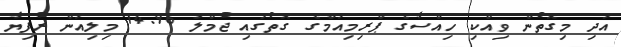
އަދި މިގޮތުން ވިއްކި ހިއްސާގެ ޕްރިމިއަމްގެ ގޮތުގައި ޖުމްލަ 14.96 މިލިއަން ރުފިޔާ